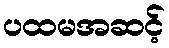
ပထမအဆင့်